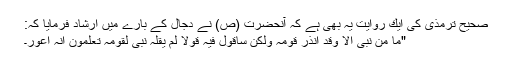
صحیح ترمذی كی ایك روایت یہ بھی ہے كہ آنحضرت (ص) نے دجال كے بارے میں ارشاد فرمایا كہ:
"ما من نبی الا وقد انذر قومہ ولٰكن ساقول فیہ قولا لم یقلہ نبی لقومہ تعلمون انہ اعور۔